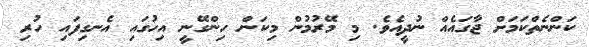
ކަންނެތްކަމަށް ޖާގައެއް ނުދީއެވެ. މި މޭރުމުން މިކަން ހިންގޭނީ އިހުގައި އެނގިފައި ހުރި